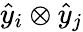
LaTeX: \hat{y}_{i}\otimes\hat{y}_{j}